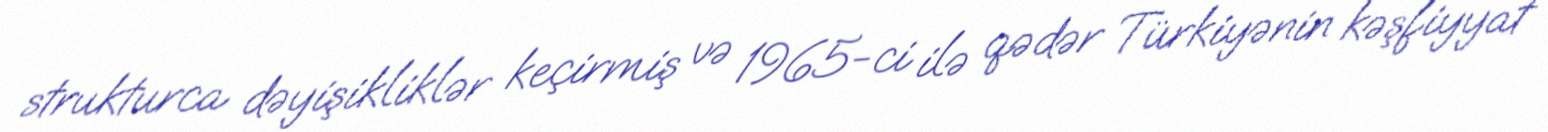
strukturca dəyişikliklər keçirmiş və 1965-ci ilə qədər Türkiyənin kəşfiyyat